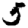
Digit: 5